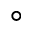
^ \circ